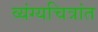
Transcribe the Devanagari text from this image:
व्यंग्यचित्रांत